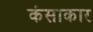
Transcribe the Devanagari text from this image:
कंसाकार